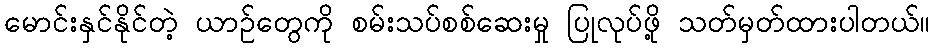
မောင်းနှင်နိုင်တဲ့ ယာဉ်တွေကို စမ်းသပ်စစ်ဆေးမှု ပြုလုပ်ဖို့ သတ်မှတ်ထားပါတယ်။